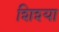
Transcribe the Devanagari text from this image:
शिश्या